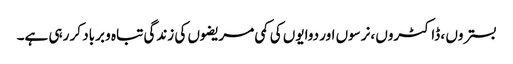
بستروں ، ڈاکٹروں ،نرسوں اور دوایوں کی کمی مریضوں کی زندگی تباہ و برباد کر رہی ہے۔